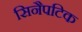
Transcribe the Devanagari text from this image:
सिनैपटिक